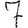
Digit: 7